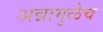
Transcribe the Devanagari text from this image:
अन्नामुळेच